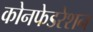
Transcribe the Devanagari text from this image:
कोनफेडरेशन